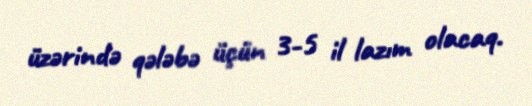
üzərində qələbə üçün 3-5 il lazım olacaq.